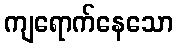
ကျရောက်နေသော